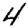
Digit: 4